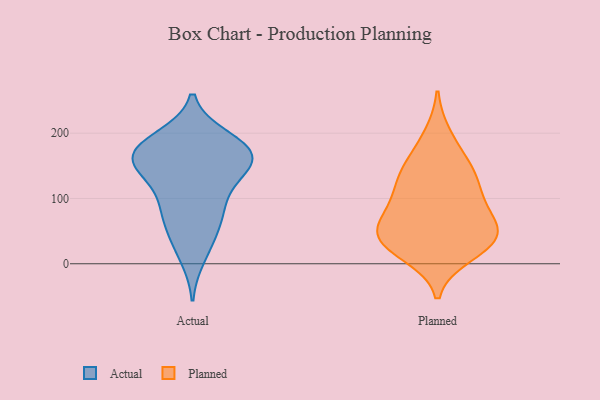
{"axis": {"x": "Population (Million)", "y": "Value"}, "legend": ["Actual", "Planned"], "data": [{"x": "", "y": 187, "type": "Actual"}, {"x": "", "y": 172, "type": "Actual"}, {"x": "", "y": 86, "type": "Actual"}, {"x": "", "y": 56, "type": "Actual"}, {"x": "", "y": 84, "type": "Actual"}, {"x": "", "y": 166, "type": "Actual"}, {"x": "", "y": 133, "type": "Actual"}, {"x": "", "y": 192, "type": "Actual"}, {"x": "", "y": 141, "type": "Actual"}, {"x": "", "y": 158, "type": "Actual"}, {"x": "", "y": 155, "type": "Actual"}, {"x": "", "y": 89, "type": "Actual"}, {"x": "", "y": 146, "type": "Actual"}, {"x": "", "y": 176, "type": "Actual"}, {"x": "", "y": 11, "type": "Actual"}, {"x": "", "y": 176, "type": "Actual"}, {"x": "", "y": 38, "type": "Actual"}, {"x": "", "y": 38, "type": "Planned"}, {"x": "", "y": 53, "type": "Planned"}, {"x": "", "y": 196, "type": "Planned"}, {"x": "", "y": 160, "type": "Planned"}, {"x": "", "y": 122, "type": "Planned"}, {"x": "", "y": 31, "type": "Planned"}, {"x": "", "y": 70, "type": "Planned"}, {"x": "", "y": 51, "type": "Planned"}, {"x": "", "y": 135, "type": "Planned"}, {"x": "", "y": 28, "type": "Planned"}, {"x": "", "y": 44, "type": "Planned"}, {"x": "", "y": 15, "type": "Planned"}, {"x": "", "y": 139, "type": "Planned"}, {"x": "", "y": 94, "type": "Planned"}, {"x": "", "y": 94, "type": "Planned"}]}